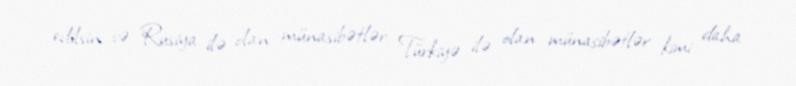
edilsin və Rusiya ilə olan münasibətlər Türkiyə ilə olan münasibətlər kimi daha